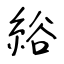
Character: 綌